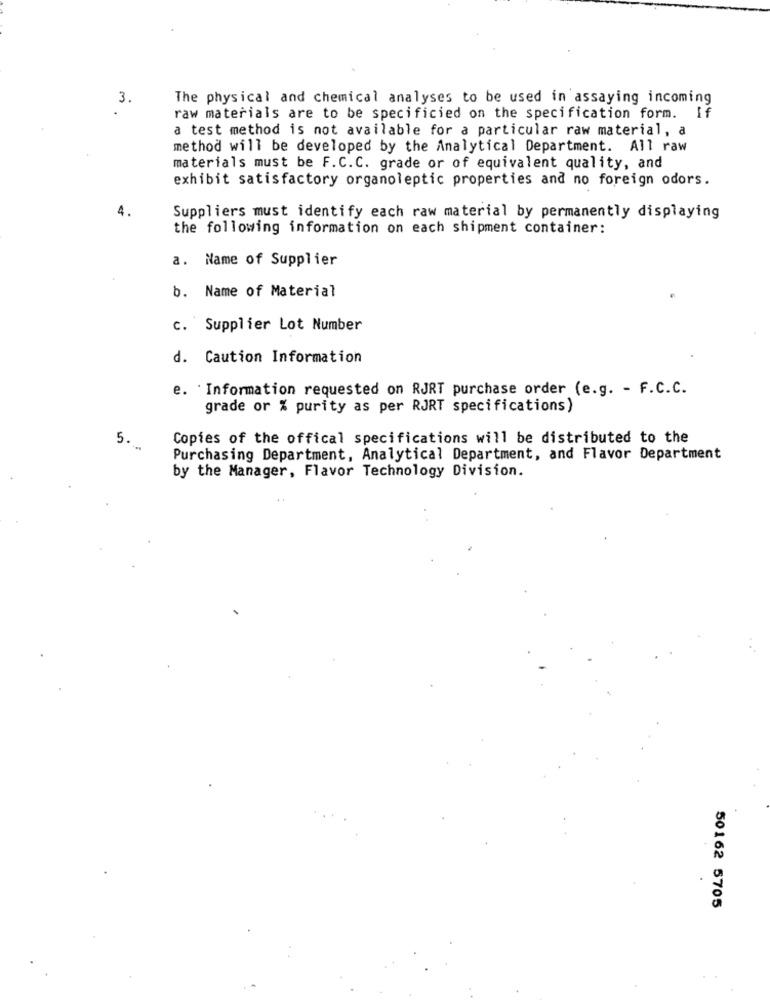
3.
The physical and chemical analyses to be used in assaying incoming
raw materials are to be specificied on the specification form. If
a test method is not available for a particular raw material, a
method will be developed by the Analytical Department. All raw
materials must be F.C.C. grade or of equivalent quality, and
exhibit satisfactory organoleptic properties and no foreign odors.
4.
Suppliers must identify each raw material by permanently displaying
the following information on each shipment container:
a. Name of Supplier
b. Name of Material
c. Supplier Lot Number
d. Caution Information
e. Information requested on RJRT purchase order (e.g. - F.C.C.
grade or % purity as per RJRT specifications)
Copies of the offical specifications will be distributed to the
5.
Purchasing Department, Analytical Department, and Flavor Department
by the Manager, Flavor Technology Division.
50162 5705